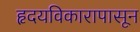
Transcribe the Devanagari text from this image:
हृदयविकारापासून